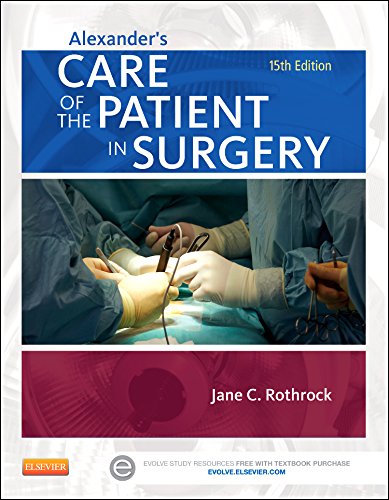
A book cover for Alexander's Care of the Patient in Surgery, 15e; Jane C. Rothrock PhD  RN  CNOR  FAAN; Medical Books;